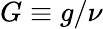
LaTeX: G\equiv g/\nu